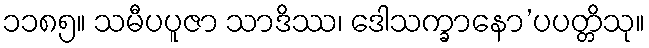
၁၁၈၅။ သမီပပူဇာ သာဒိဿ၊ ဒေါသက္ခာနော’ပပတ္တိသု။